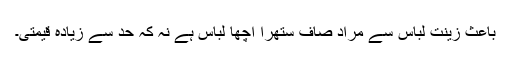
باعث زینت لباس سے مراد صاف ستھرا اچھا لباس ہے نہ کہ حد سے زیادہ قیمتی۔